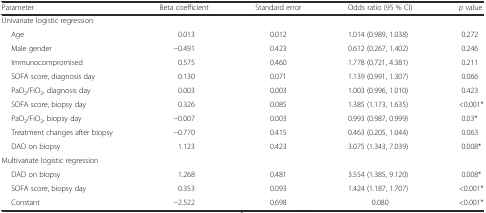
<table><thead><tr><td><b>Parameter</b></td><td><b>Beta coefficient</b></td><td><b>Standard error</b></td><td><b>Odds ratio (95 % CI)</b></td><td><b><i>p</i> value</b></td></tr></thead><tbody><tr><td colspan="5">Univariate logistic regression</td></tr><tr><td>Age</td><td>0.013</td><td>0.012</td><td>1.014 (0.989, 1.038)</td><td>0.272</td></tr><tr><td>Male gender</td><td>−0.491</td><td>0.423</td><td>0.612 (0.267, 1.402)</td><td>0.246</td></tr><tr><td>Immunocompromised</td><td>0.575</td><td>0.460</td><td>1.778 (0.721, 4.381)</td><td>0.211</td></tr><tr><td>SOFA score, diagnosis day</td><td>0.130</td><td>0.071</td><td>1.139 (0.991, 1.307)</td><td>0.066</td></tr><tr><td>PaO<sub>2</sub>/FiO<sub>2</sub>, diagnosis day</td><td>0.003</td><td>0.003</td><td>1.003 (0.996, 1.010)</td><td>0.423</td></tr><tr><td>SOFA score, biopsy day</td><td>0.326</td><td>0.085</td><td>1.385 (1.173, 1.635)</td><td>&lt;0.001*</td></tr><tr><td>PaO<sub>2</sub>/FiO<sub>2</sub>, biopsy day</td><td>−0.007</td><td>0.003</td><td>0.993 (0.987, 0.999)</td><td>0.03*</td></tr><tr><td>Treatment changes after biopsy</td><td>−0.770</td><td>0.415</td><td>0.463 (0.205, 1.044)</td><td>0.063</td></tr><tr><td>DAD on biopsy</td><td>1.123</td><td>0.423</td><td>3.075 (1.343, 7.039)</td><td>0.008*</td></tr><tr><td colspan="5">Multivariate logistic regression</td></tr><tr><td>DAD on biopsy</td><td>1.268</td><td>0.481</td><td>3.554 (1.385, 9.120)</td><td>0.008*</td></tr><tr><td>SOFA score, biopsy day</td><td>0.353</td><td>0.093</td><td>1.424 (1.187, 1.707)</td><td>&lt;0.001*</td></tr><tr><td>Constant</td><td>−2.522</td><td>0.698</td><td>0.080</td><td>&lt;0.001*</td></tr></tbody></table>